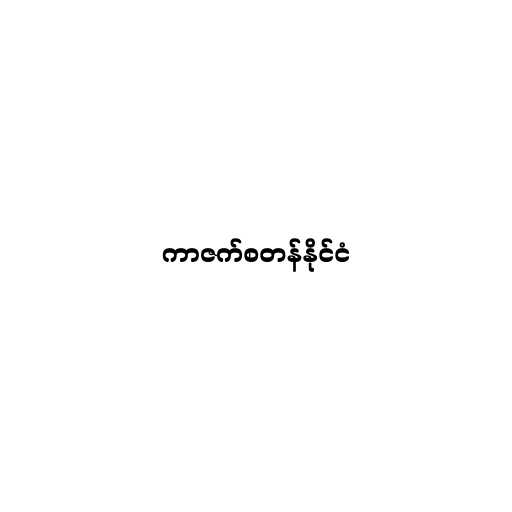
ကာဇက်စတန်နိုင်ငံ